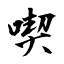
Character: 喫